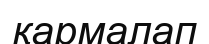
қармалап